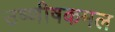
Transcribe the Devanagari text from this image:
उष्णीषकमल